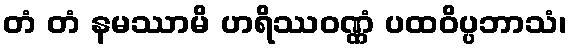
တံ တံ နမဿာမိ ဟရိဿဝဏ္ဏံ ပထဝိပ္ပဘာသံ၊